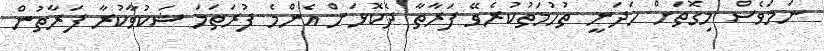
ނަމަވެސް މިގޮތަށް ހަދަނީ ތުހުމަތުކުރެވޭ ފަރާތާ ދެކޮޅަށް އެންމެ ފުރަތަމަ ޝަކުވާކުރާ ފަރާތުން